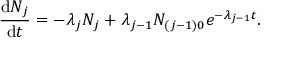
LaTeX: { \frac { \mathrm { d } N _ { j } } { \mathrm { d } t } } = - \lambda _ { j } N _ { j } + \lambda _ { j - 1 } N _ { ( j - 1 ) 0 } e ^ { - \lambda _ { j - 1 } t } .